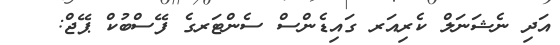
އަދި ނެޝަނަލް ކެރިއަރ ގައިޑެންސް ސެންޓަރގެ ފޭސްބުކް ޕޭޖް: